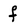
Character: f